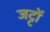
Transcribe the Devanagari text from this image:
जट्टों